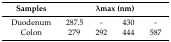
<table><thead><tr><td><b>Samples</b></td><td colspan="4"><b>λmax (nm)</b></td></tr></thead><tbody><tr><td>Duodenum</td><td>287.5</td><td>-</td><td>430</td><td>-</td></tr><tr><td>Colon</td><td>279</td><td>292</td><td>444</td><td>587</td></tr></tbody></table>